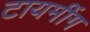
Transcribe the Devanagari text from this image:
टायमींग